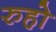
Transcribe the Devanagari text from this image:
रुहो